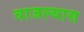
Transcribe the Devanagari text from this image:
वाजल्यास